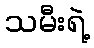
သမီးရဲ့